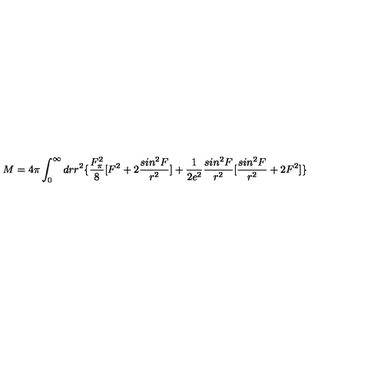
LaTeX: M = 4 \pi \int _ { 0 } ^ { \infty } d r r ^ { 2 } \{ \frac { F _ { \pi } ^ { 2 } } { 8 } [ F ^ { 2 } + 2 \frac { s i n ^ { 2 } F } { r ^ { 2 } } ] + \frac { 1 } { 2 e ^ { 2 } } \frac { s i n ^ { 2 } F } { r ^ { 2 } } [ \frac { s i n ^ { 2 } F } { r ^ { 2 } } + 2 F ^ { 2 } ] \}